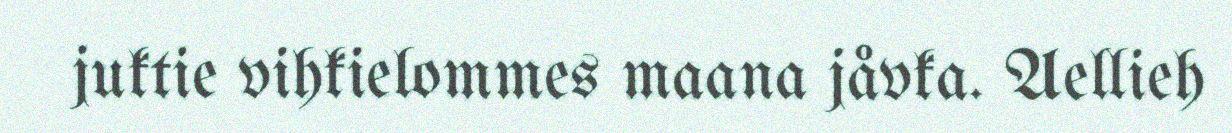
juktie vihkielommes maana jåvka. Aellieh